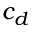
c _ { d }